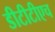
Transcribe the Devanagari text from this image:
डीटीटीएच